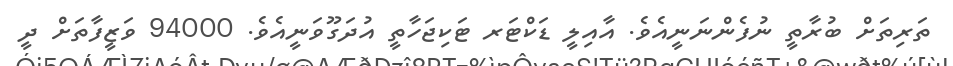
ތަރިތަށް ބުރާތީ ނުފެންނަނީއެވެ. އާއިލީ ޑަކްޓަރ ޓަކިޖަހާތީ އުދަގޫވަނީއެވެ. 94000 ވަޒީފާތަށް ދީ